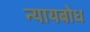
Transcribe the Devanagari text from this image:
न्यायबोध